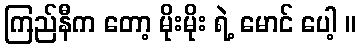
ကြည်နီက တော့ မိုးမိုး ရဲ့ မောင် ပေါ့ ။